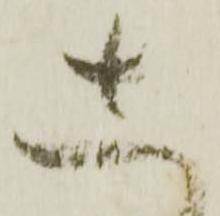
し